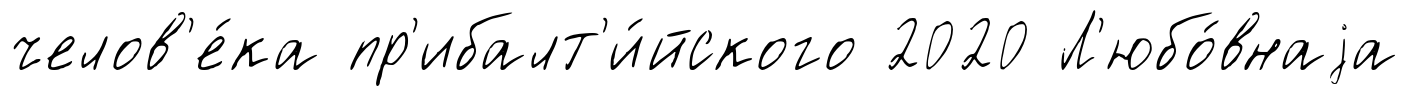
челов'е́ка пр'ибалт'и́йского 2020 Л'юбо́внаjа